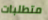
متطلبات